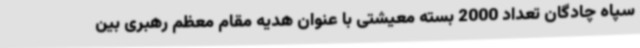
سپاه چادگان تعداد 2000 بسته معیشتی با عنوان هدیه مقام معظم رهبری بین